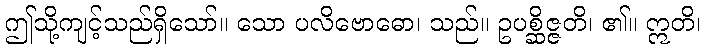
ဤသို့ကျင့်သည်ရှိသော်။ သော ပလိဗောဓော၊ သည်။ ဥပစ္ဆိဇ္ဇတိ၊ ၏။ ဣတိ၊